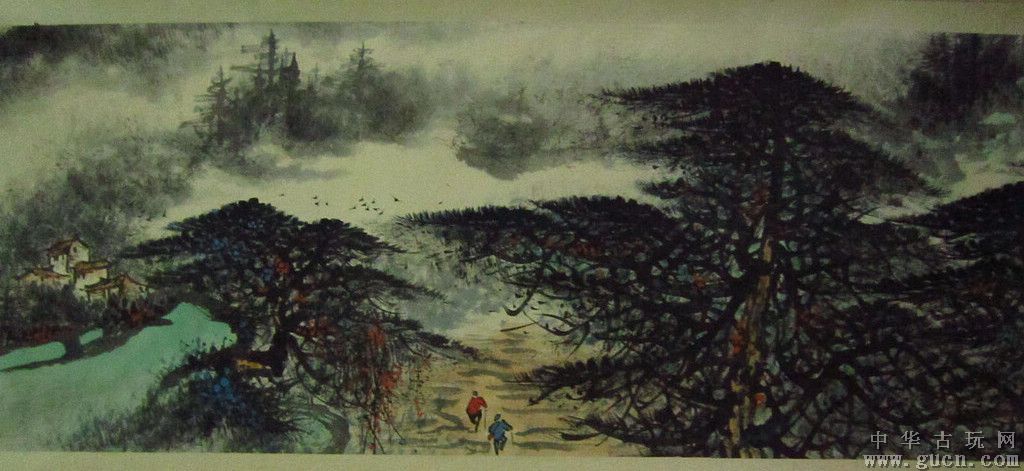
来是春初，去是春将老。